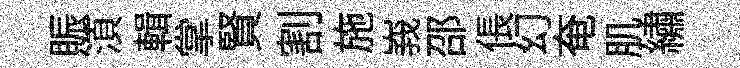
賑湏輯掌賢割施峩邵倀幻奄肌繡